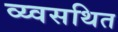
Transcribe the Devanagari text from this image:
व्य्वसथित